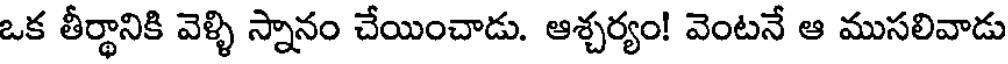
ఒక తీర్థానికి వెళ్ళి స్నానం చేయించాడు. ఆశ్చర్యం! వెంటనే ఆ ముసలివాడు